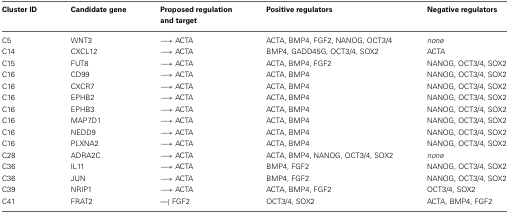
<table><thead><tr><td><b>Cluster ID</b></td><td><b>Candidate gene</b></td><td><b>Proposed regulation and target</b></td><td><b>Positive regulators</b></td><td><b>Negative regulators</b></td></tr></thead><tbody><tr><td>C5</td><td>WNT3</td><td>→ ACTA</td><td>ACTA, BMP4, FGF2, NANOG, OCT3/4</td><td><i>none</i></td></tr><tr><td>C14</td><td>CXCL12</td><td>→ ACTA</td><td>BMP4, GADD45G, OCT3/4, SOX2</td><td>ACTA</td></tr><tr><td>C15</td><td>FUT8</td><td>→ ACTA</td><td>ACTA, BMP4, FGF2</td><td>NANOG, OCT3/4, SOX2</td></tr><tr><td>C16</td><td>CD99</td><td>→ ACTA</td><td>ACTA, BMP4</td><td>NANOG, OCT3/4, SOX2</td></tr><tr><td>C16</td><td>CXCR7</td><td>→ ACTA</td><td>ACTA, BMP4</td><td>NANOG, OCT3/4, SOX2</td></tr><tr><td>C16</td><td>EPHB2</td><td>→ ACTA</td><td>ACTA, BMP4</td><td>NANOG, OCT3/4, SOX2</td></tr><tr><td>C16</td><td>EPHB3</td><td>→ ACTA</td><td>ACTA, BMP4</td><td>NANOG, OCT3/4, SOX2</td></tr><tr><td>C16</td><td>MAP7D1</td><td>→ ACTA</td><td>ACTA, BMP4</td><td>NANOG, OCT3/4, SOX2</td></tr><tr><td>C16</td><td>NEDD9</td><td>→ ACTA</td><td>ACTA, BMP4</td><td>NANOG, OCT3/4, SOX2</td></tr><tr><td>C16</td><td>PLXNA2</td><td>→ ACTA</td><td>ACTA, BMP4</td><td>NANOG, OCT3/4, SOX2</td></tr><tr><td>C28</td><td>ADRA2C</td><td>→ ACTA</td><td>ACTA, BMP4, NANOG, OCT3/4, SOX2</td><td><i>none</i></td></tr><tr><td>C36</td><td>IL11</td><td>→ ACTA</td><td>BMP4, FGF2</td><td>NANOG, OCT3/4, SOX2</td></tr><tr><td>C36</td><td>JUN</td><td>→ ACTA</td><td>BMP4, FGF2</td><td>NANOG, OCT3/4, SOX2</td></tr><tr><td>C39</td><td>NRIP1</td><td>→ ACTA</td><td>ACTA, BMP4, FGF2</td><td>OCT3/4, SOX2</td></tr><tr><td>C41</td><td>FRAT2</td><td>—| FGF2</td><td>OCT3/4, SOX2</td><td>ACTA, BMP4, FGF2</td></tr></tbody></table>